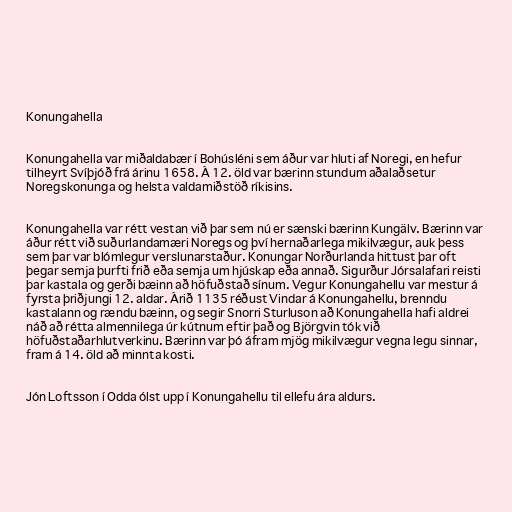
Konungahella

Konungahella var miðaldabær í Bohúsléni sem áður var hluti af Noregi, en hefur
tilheyrt Svíþjóð frá árinu 1658. Á 12. öld var bærinn stundum aðalaðsetur
Noregskonunga og helsta valdamiðstöð ríkisins.

Konungahella var rétt vestan við þar sem nú er sænski bærinn Kungälv. Bærinn var
áður rétt við suðurlandamæri Noregs og því hernaðarlega mikilvægur, auk þess
sem þar var blómlegur verslunarstaður. Konungar Norðurlanda hittust þar oft
þegar semja þurfti frið eða semja um hjúskap eða annað. Sigurður Jórsalafari reisti
þar kastala og gerði bæinn að höfuðstað sínum. Vegur Konungahellu var mestur á
fyrsta þriðjungi 12. aldar. Árið 1135 réðust Vindar á Konungahellu, brenndu
kastalann og rændu bæinn, og segir Snorri Sturluson að Konungahella hafi aldrei
náð að rétta almennilega úr kútnum eftir það og Björgvin tók við
höfuðstaðarhlutverkinu. Bærinn var þó áfram mjög mikilvægur vegna legu sinnar,
fram á 14. öld að minnta kosti.

Jón Loftsson í Odda ólst upp í Konungahellu til ellefu ára aldurs.